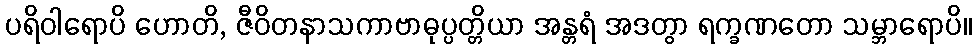
ပရိဝါရောပိ ဟောတိ, ဇီဝိတနာသကာဗာဓုပ္ပတ္တိယာ အန္တရံ အဒတွာ ရက္ခဏတော သမ္ဘာရောပိ။